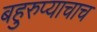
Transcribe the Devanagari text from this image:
बहुरुप्याचाच